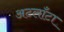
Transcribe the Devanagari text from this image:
अटलाँटा